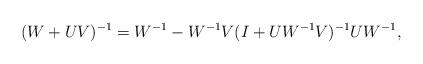
LaTeX: \begin{align*}(W+UV)^{-1}=W^{-1}-W^{-1}V(I+UW^{-1}V)^{-1}UW^{-1},\end{align*}